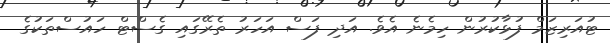
ޓުއަރިޒަމް ފުޅާކުރުން ހިމެނެ އެވެ. އަދި ފަސް އަހަރު ތެރޭގައި ގެސްޓް ހައުސްތަކުގެ